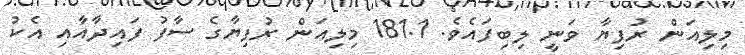
މިލިއަން ރުފިޔާ ވަނީ ލިބިފައެވެ. 181.1 މިލިއަން ރުފިޔާގެ ސާފު ފައިދާއާއި އެކު